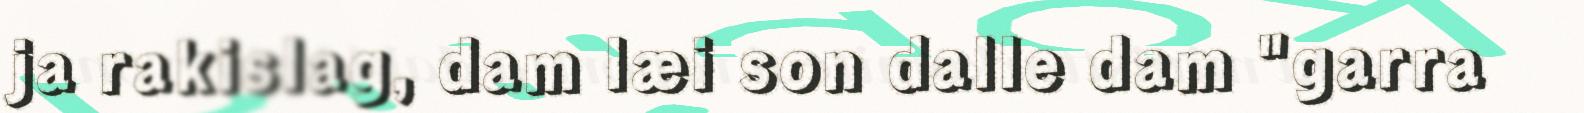
ja rakislag, dam læi son dalle dam "garra